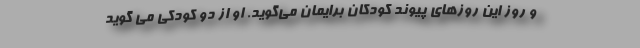
و روز این روزهای پیوند کودکان برایمان می‌گوید. او از دو کودکی می گوید